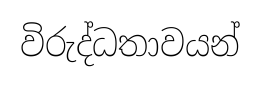
විරුද්ධතාවයන්